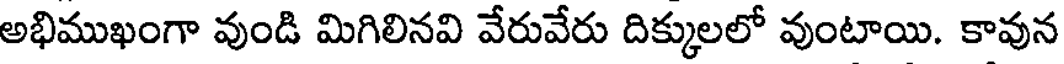
అభిముఖంగా వుండి మిగిలినవి వేరువేరు దిక్కులలో వుంటాయి. కావున